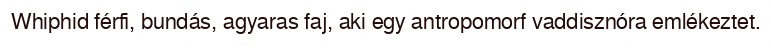
Whiphid férfi, bundás, agyaras faj, aki egy antropomorf vaddisznóra emlékeztet.